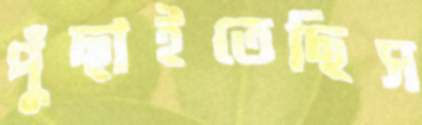
পুঁছাইতেছিস